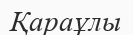
Қараұлы